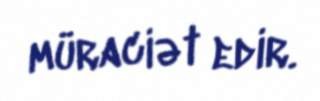
müraciət edir.